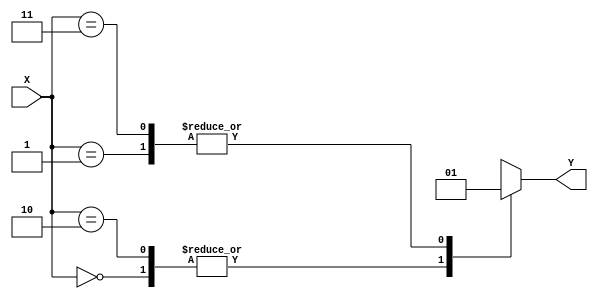
module case_statement_example(
    input wire [1:0] X,
    output reg Y
);

always @(*)
begin
    case (X)
        2'b00: Y <= 1'b0;
        2'b01: Y <= 1'b1;
        2'b10: Y <= 1'b0;
        2'b11: Y <= 1'b1;
    endcase
end

endmodule